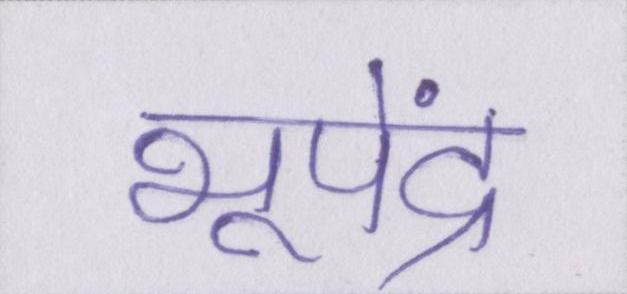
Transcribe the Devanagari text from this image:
भूपेंद्र